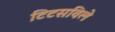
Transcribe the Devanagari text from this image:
टिटसविले